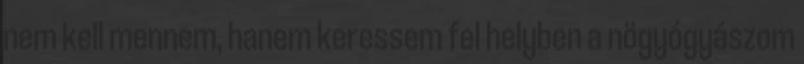
nem kell mennem, hanem keressem fel helyben a nögyógyászom